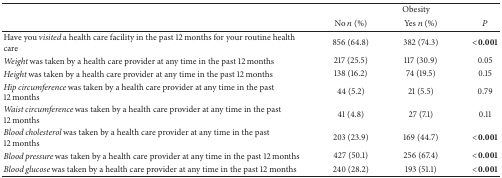
<table><thead><tr><td><b> </b></td><td colspan="3"><b>Obesity</b></td></tr><tr><td><b> </b></td><td><b>No <i>n</i> (%)</b></td><td><b>Yes <i>n</i> (%)</b></td><td><b><i>P</i></b></td></tr></thead><tbody><tr><td>Have you<i> visited </i>a health care facility in the past 12 months for your routine health care</td><td>856 (64.8)</td><td>382 (74.3)</td><td><b>&lt;0.001</b></td></tr><tr><td><i>Weight </i>was taken by a health care provider at any time in the past 12 months</td><td>217 (25.5)</td><td>117 (30.9)</td><td>0.05</td></tr><tr><td><i>Height </i>was taken by a health care provider at any time in the past 12 months</td><td>138 (16.2)</td><td>74 (19.5)</td><td>0.15</td></tr><tr><td><i>Hip circumference </i>was taken by a health care provider at any time in the past 12 months</td><td>44 (5.2)</td><td>21 (5.5)</td><td>0.79</td></tr><tr><td><i>Waist circumference </i>was taken by a health care provider at any time in the past 12 months</td><td>41 (4.8)</td><td>27 (7.1)</td><td>0.11</td></tr><tr><td><i>Blood cholesterol </i>was taken by a health care provider at any time in the past 12 months</td><td>203 (23.9)</td><td>169 (44.7)</td><td><b>&lt;0.001</b></td></tr><tr><td><i>Blood pressure </i>was taken by a health care provider at any time in the past 12 months</td><td>427 (50.1)</td><td>256 (67.4)</td><td><b>&lt;0.001</b></td></tr><tr><td><i>Blood glucose </i>was taken by a health care provider at any time in the past 12 months</td><td>240 (28.2)</td><td>193 (51.1)</td><td><b>&lt;0.001</b></td></tr></tbody></table>